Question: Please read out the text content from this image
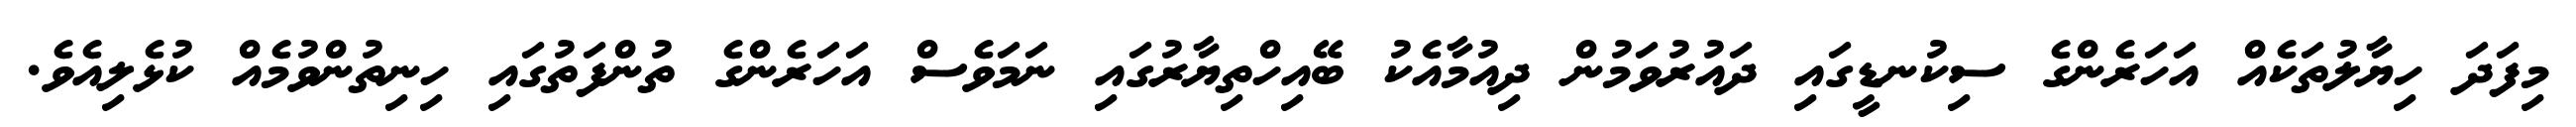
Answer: މިފަދަ ހިޔާލުތަކެއް އަހަރެންގެ ސިކުނޑީގައި ދައުރުވަމުން ދިއުމާއެކު ބޭއިހްތިޔާރުގައި ނަމަވެސް އަހަރެންގެ ތުންފަތުގައި ހިނިތުންވުމެއް ކުޅެލިއެވެ.